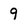
Character: 9